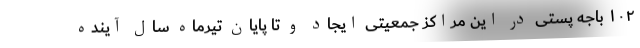
۱۰۲ باجه پستی در این مراکز جمعیتی ایجاد و تا پایان تیرماه سال آینده